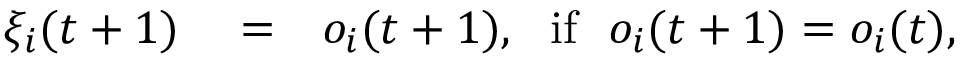
\begin{array} { r l r } { \xi _ { i } ( t + 1 ) } & { { } = } & { o _ { i } ( t + 1 ) , ~ ~ \mathrm { i f } ~ ~ o _ { i } ( t + 1 ) = o _ { i } ( t ) , } \end{array}